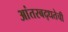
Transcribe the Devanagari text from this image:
आंतरबद्धतेची